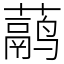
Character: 𬟁